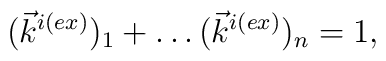
(\vec{k}^{i(ex)})_1+ \ldots (\vec{k}^{i(ex)})_n=1,